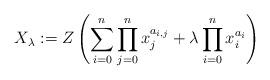
LaTeX: \begin{gather*} X_\lambda:=Z\left( \sum_{i=0}^n \prod_{j=0}^n x_j^{a_{i,j}} + \lambda \prod_{i=0}^n x_i^{a_i}\right)\end{gather*}